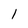
Character: l